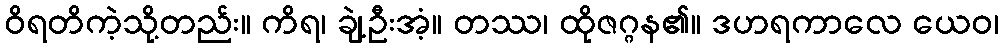
ဝိရတိကဲ့သို့တည်း။ ကိရ၊ ချဲ့ဦးအံ့။ တဿ၊ ထိုဇဂ္ဂန၏။ ဒဟရကာလေ ယေဝ၊